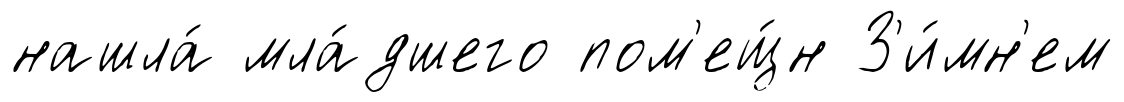
нашла́ мла́дшего пом'ещ́н З'и́мн'ем